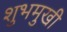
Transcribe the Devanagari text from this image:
शुभमुखी